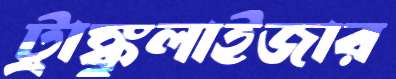
ট্রাঙ্কুলাইজার